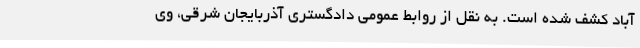
آباد کشف شده است. به نقل از روابط عمومی دادگستری آذربایجان شرقی، وی